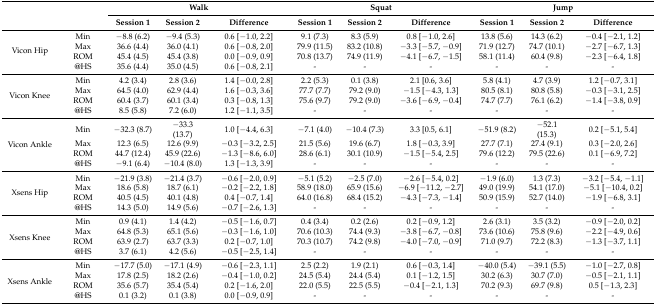
<table><thead><tr><td rowspan="2"></td><td rowspan="2"></td><td colspan="3"><b>Walk</b></td><td colspan="3"><b>Squat</b></td><td colspan="3"><b>Jump</b></td></tr><tr><td><b>Session 1</b></td><td><b>Session 2</b></td><td><b>Difference</b></td><td><b>Session 1</b></td><td><b>Session 2</b></td><td><b>Difference</b></td><td><b>Session 1</b></td><td><b>Session 2</b></td><td><b>Difference</b></td></tr></thead><tbody><tr><td rowspan="4">Vicon Hip</td><td>Min</td><td>−8.8 (6.2)</td><td>−9.4 (5.3)</td><td>0.6 [−1.0, 2.2]</td><td>9.1 (7.3)</td><td>8.3 (5.9)</td><td>0.8 [−1.0, 2.6]</td><td>13.8 (5.6)</td><td>14.3 (6.2)</td><td>−0.4 [−2.1, 1.2]</td></tr><tr><td>Max</td><td>36.6 (4.4)</td><td>36.0 (4.1)</td><td>0.6 [−0.8, 2.0]</td><td>79.9 (11.5)</td><td>83.2 (10.8)</td><td>−3.3 [−5.7, −0.9]</td><td>71.9 (12.7)</td><td>74.7 (10.1)</td><td>−2.7 [−6.7, 1.3]</td></tr><tr><td>ROM</td><td>45.4 (4.5)</td><td>45.4 (3.8)</td><td>0.0 [−0.9, 0.9]</td><td>70.8 (13.7)</td><td>74.9 (11.9)</td><td>−4.1 [−6.7, −1.5]</td><td>58.1 (11.4)</td><td>60.4 (9.8)</td><td>−2.3 [−6.4, 1.8]</td></tr><tr><td>@HS</td><td>35.6 (4.4)</td><td>35.0 (4.5)</td><td>0.6 [−0.8, 2.1]</td><td>-</td><td>-</td><td>-</td><td>-</td><td>-</td><td>-</td></tr><tr><td rowspan="4">Vicon Knee</td><td>Min</td><td>4.2 (3.4)</td><td>2.8 (3.6)</td><td>1.4 [−0.0, 2.8]</td><td>2.2 (5.3)</td><td>0.1 (3.8)</td><td>2.1 [0.6, 3.6]</td><td>5.8 (4.1)</td><td>4.7 (3.9)</td><td>1.2 [−0.7, 3.1]</td></tr><tr><td>Max</td><td>64.5 (4.0)</td><td>62.9 (4.4)</td><td>1.6 [−0.3, 3.6]</td><td>77.7 (7.7)</td><td>79.2 (9.0)</td><td>−1.5 [−4.3, 1.3]</td><td>80.5 (8.1)</td><td>80.8 (5.8)</td><td>−0.3 [−3.1, 2.5]</td></tr><tr><td>ROM</td><td>60.4 (3.7)</td><td>60.1 (3.4)</td><td>0.3 [−0.8, 1.3]</td><td>75.6 (9.7)</td><td>79.2 (9.0)</td><td>−3.6 [−6.9, −0.4]</td><td>74.7 (7.7)</td><td>76.1 (6.2)</td><td>−1.4 [−3.8, 0.9]</td></tr><tr><td>@HS</td><td>8.5 (5.8)</td><td>7.2 (6.0)</td><td>1.2 [−1.1, 3.5]</td><td>-</td><td>-</td><td>-</td><td>-</td><td>-</td><td>-</td></tr><tr><td rowspan="4">Vicon Ankle</td><td>Min</td><td>−32.3 (8.7)</td><td>−33.3 (13.7)</td><td>1.0 [−4.4, 6.3]</td><td>−7.1 (4.0)</td><td>−10.4 (7.3)</td><td>3.3 [0.5, 6.1]</td><td>−51.9 (8.2)</td><td>−52.1 (15.3)</td><td>0.2 [−5.1, 5.4]</td></tr><tr><td>Max</td><td>12.3 (6.5)</td><td>12.6 (9.9)</td><td>−0.3 [−3.2, 2.5]</td><td>21.5 (5.6)</td><td>19.6 (6.7)</td><td>1.8 [−0.3, 3.9]</td><td>27.7 (7.1)</td><td>27.4 (9.1)</td><td>0.3 [−2.0, 2.6]</td></tr><tr><td>ROM</td><td>44.7 (12.4)</td><td>45.9 (22.6)</td><td>−1.3 [−8.6, 6.0]</td><td>28.6 (6.1)</td><td>30.1 (10.9)</td><td>−1.5 [−5.4, 2.5]</td><td>79.6 (12.2)</td><td>79.5 (22.6)</td><td>0.1 [−6.9, 7.2]</td></tr><tr><td>@HS</td><td>−9.1 (6.4)</td><td>−10.4 (8.0)</td><td>1.3 [−1.3, 3.9]</td><td>-</td><td>-</td><td>-</td><td>-</td><td>-</td><td>-</td></tr><tr><td rowspan="4">Xsens Hip</td><td>Min</td><td>−21.9 (3.8)</td><td>−21.4 (3.7)</td><td>−0.6 [−2.0, 0.9]</td><td>−5.1 (5.2)</td><td>−2.5 (7.0)</td><td>−2.6 [−5.4, 0.2]</td><td>−1.9 (6.0)</td><td>1.3 (7.3)</td><td>−3.2 [−5.4, −1.1]</td></tr><tr><td>Max</td><td>18.6 (5.8)</td><td>18.7 (6.1)</td><td>−0.2 [−2.2, 1.8]</td><td>58.9 (18.0)</td><td>65.9 (15.6)</td><td>−6.9 [−11.2, −2.7]</td><td>49.0 (19.9)</td><td>54.1 (17.0)</td><td>−5.1 [−10.4, 0.2]</td></tr><tr><td>ROM</td><td>40.5 (4.5)</td><td>40.1 (4.8)</td><td>0.4 [−0.7, 1.4]</td><td>64.0 (16.8)</td><td>68.4 (15.2)</td><td>−4.3 [−7.3, −1.4]</td><td>50.9 (15.9)</td><td>52.7 (14.0)</td><td>−1.9 [−6.8, 3.1]</td></tr><tr><td>@HS</td><td>14.3 (5.0)</td><td>14.9 (5.6)</td><td>−0.7 [−2.6, 1.3]</td><td>-</td><td>-</td><td>-</td><td>-</td><td>-</td><td>-</td></tr><tr><td rowspan="4">Xsens Knee</td><td>Min</td><td>0.9 (4.1)</td><td>1.4 (4.2)</td><td>−0.5 [−1.6, 0.7]</td><td>0.4 (3.4)</td><td>0.2 (2.6)</td><td>0.2 [−0.9, 1.2]</td><td>2.6 (3.1)</td><td>3.5 (3.2)</td><td>−0.9 [−2.0, 0.2]</td></tr><tr><td>Max</td><td>64.8 (5.3)</td><td>65.1 (5.6)</td><td>−0.3 [−1.6, 1.0]</td><td>70.6 (10.3)</td><td>74.4 (9.3)</td><td>−3.8 [−6.7, −0.8]</td><td>73.6 (10.6)</td><td>75.8 (9.6)</td><td>−2.2 [−4.9, 0.6]</td></tr><tr><td>ROM</td><td>63.9 (2.7)</td><td>63.7 (3.3)</td><td>0.2 [−0.7, 1.0]</td><td>70.3 (10.7)</td><td>74.2 (9.8)</td><td>−4.0 [−7.0, −0.9]</td><td>71.0 (9.7)</td><td>72.2 (8.3)</td><td>−1.3 [−3.7, 1.1]</td></tr><tr><td>@HS</td><td>3.7 (6.1)</td><td>4.2 (5.6)</td><td>−0.5 [−2.5, 1.4]</td><td>-</td><td>-</td><td>-</td><td>-</td><td>-</td><td>-</td></tr><tr><td rowspan="4">Xsens Ankle</td><td>Min</td><td>−17.7 (5.0)</td><td>−17.1 (4.9)</td><td>−0.6 [−2.3, 1.1]</td><td>2.5 (2.2)</td><td>1.9 (2.1)</td><td>0.6 [−0.3, 1.4]</td><td>−40.0 (5.4)</td><td>−39.1 (5.5)</td><td>−1.0 [−2.7, 0.8]</td></tr><tr><td>Max</td><td>17.8 (2.5)</td><td>18.2 (2.6)</td><td>−0.4 [−1.0, 0.2]</td><td>24.5 (5.4)</td><td>24.4 (5.4)</td><td>0.1 [−1.2, 1.5]</td><td>30.2 (6.3)</td><td>30.7 (7.0)</td><td>−0.5 [−2.1, 1.1]</td></tr><tr><td>ROM</td><td>35.6 (5.7)</td><td>35.4 (5.4)</td><td>0.2 [−1.6, 2.0]</td><td>22.0 (5.5)</td><td>22.5 (5.5)</td><td>−0.4 [−2.1, 1.3]</td><td>70.2 (9.3)</td><td>69.7 (9.8)</td><td>0.5 [−1.3, 2.3]</td></tr><tr><td>@HS</td><td>0.1 (3.2)</td><td>0.1 (3.8)</td><td>0.0 [−0.9, 0.9]</td><td>-</td><td>-</td><td>-</td><td>-</td><td>-</td><td>-</td></tr></tbody></table>